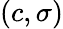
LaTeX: (c,\sigma)